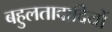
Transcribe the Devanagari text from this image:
बहुलतावादियों